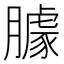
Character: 臄